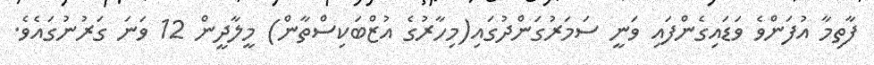
ފާތިމާ އުފަންވެ ވަޑައިގެންފައި ވަނީ ސަމަރުގަންދުގައި(މިހާރުގެ އުޒްބަކިސްތާން) މީލާދީން 12 ވަނަ ގަރުނުގައެވެ.